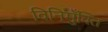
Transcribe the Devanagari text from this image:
विनिमुँक्ति